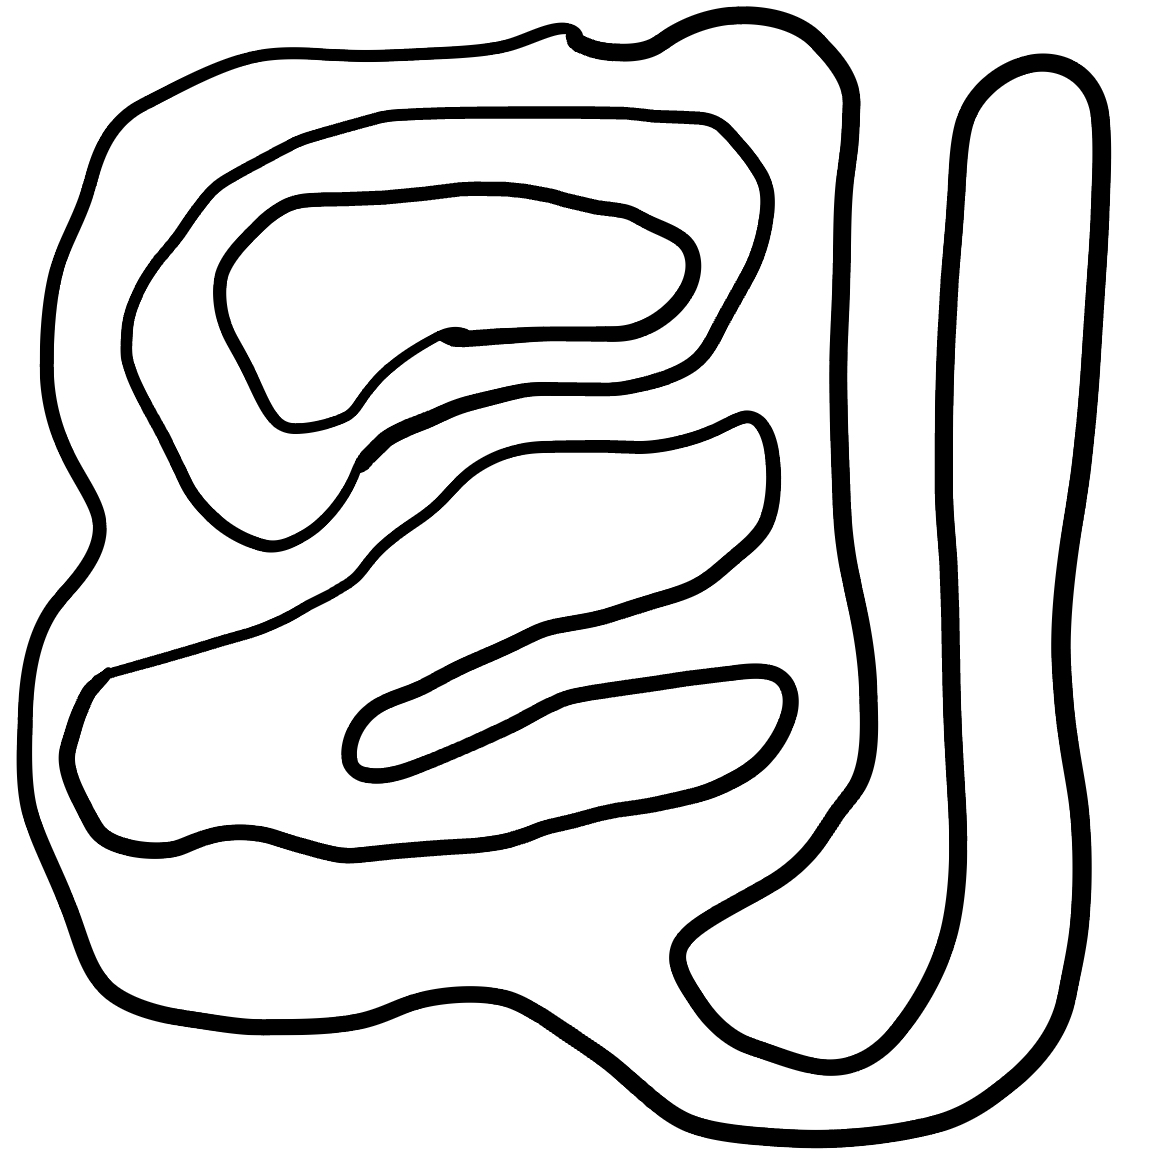
Number of regions (including the outer root region): 5
Containment tree edges (parent, child): 0, 1, 1, 2, 1, 3, 3, 4